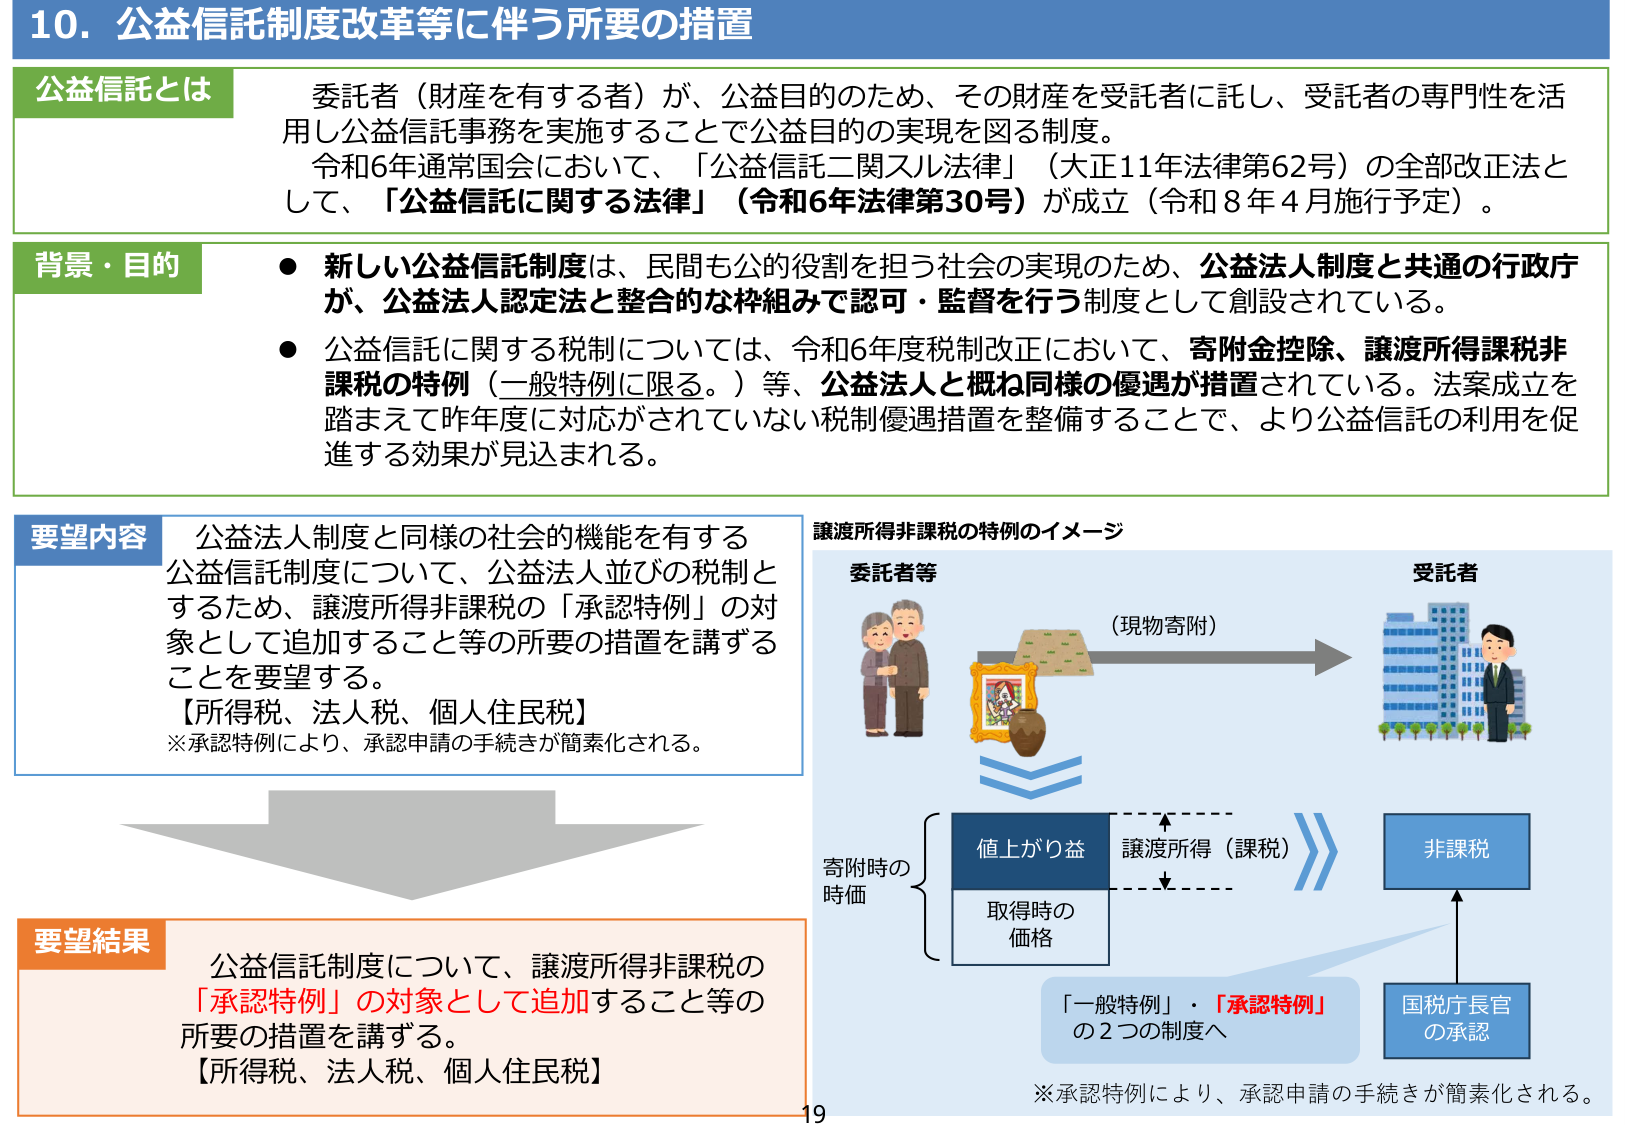
10. 公益信託制度改革等に伴う所要の措置

公益信託とは
委託者（財産を有する者）が、公益目的のため、その財産を受託者に託し、受託者の専門性を活用し公益信託事務を実施することで公益目的の実現を図る制度。
令和6年通常国会において、「公益信託二関スル法律」（大正11年法律第62号）の全部改正法として、「公益信託に関する法律」（令和6年法律第30号）が成立（令和8年4月施行予定）。

背景・目的
● 新しい公益信託制度は、民間も公的役割を担う社会の実現のため、公益法人制度と共通の行政庁が、公益法人認定法と整合的な枠組みで認可・監督を行う制度として創設されている。
● 公益信託に関する税制については、令和6年度税制改正において、寄附金控除、譲渡所得課税非課税の特例（一般特例に限る。）等、公益法人と概ね同様の優遇が措置されている。法案成立を踏まえて昨年度に対応がされていない税制優遇措置を整備することで、より公益信託の利用を促進する効果が見込まれる。

要望内容
公益法人制度と同様の社会的機能を有する公益信託制度について、公益法人並びの税制とするため、譲渡所得非課税の「承認特例」の対象として追加すること等の所要の措置を講ずることを要望する。
【所得税、法人税、個人住民税】
※承認特例により、承認申請の手続きが簡素化される。

譲渡所得非課税の特例のイメージ
委託者等
（現物寄附）
受託者

寄附時の時価
値上がり益
取得時の価格
譲渡所得（課税）
非課税
「一般特例」・「承認特例」
の2つの制度へ
国税庁長官
の承認
※承認特例により、承認申請の手続きが簡素化される。

要望結果
公益信託制度について、譲渡所得非課税の「承認特例」の対象として追加すること等の所要の措置を講ずる。
【所得税、法人税、個人住民税】

19